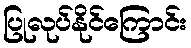
ပြုလုပ်နိုင်ကြောင်း